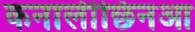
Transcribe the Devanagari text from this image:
कनालीछिनआ